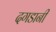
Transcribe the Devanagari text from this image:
दगडानी